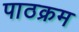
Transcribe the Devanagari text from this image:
पाठक्रम